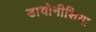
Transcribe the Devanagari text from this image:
डायोनीशिया